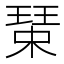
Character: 𱯐